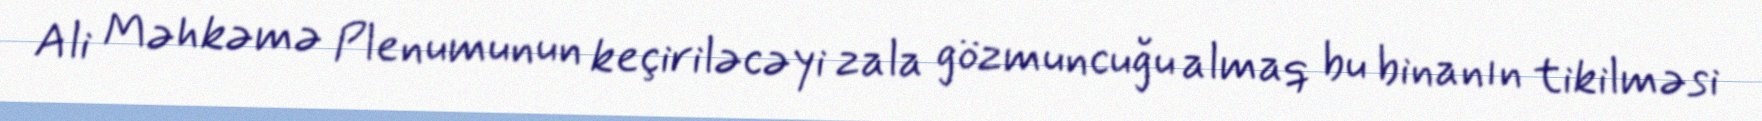
Ali Məhkəmə Plenumunun keçiriləcəyi zala gözmuncuğu almaq bu binanın tikilməsi